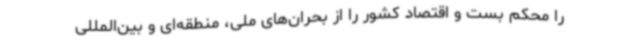
را محکم بست و اقتصاد کشور را از بحران‌های ملی، منطقه‌ای و بین‌المللی